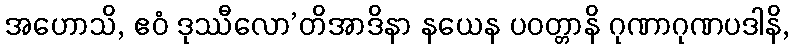
အဟောသိ, ဧဝံ ဒုဿီလော’တိအာဒိနာ နယေန ပဝတ္တာနိ ဂုဏာဂုဏပဒါနိ,